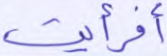
أفرأيت